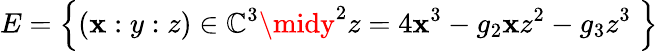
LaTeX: E=\left\{ (\mathbf{x}:y:z)\in\mathbb{{C}}^{3}\midy^{2}z=4\mathbf{x}^{3}-g_{2}\mathbf{x}z^{2}-g_{3}z^{3}\; \right\}